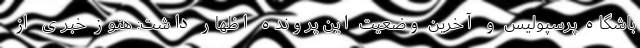
باشگاه پرسپولیس و آخرین وضعیت این پرونده اظهار داشت: هنوز خبری از